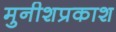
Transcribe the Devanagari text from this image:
मुनीशप्रकाश